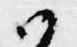
御